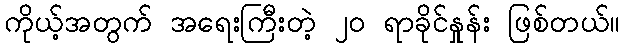
ကိုယ့်အတွက် အရေးကြီးတဲ့ ၂၀ ရာခိုင်နှုန်း ဖြစ်တယ်။